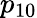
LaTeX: p_{10}